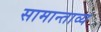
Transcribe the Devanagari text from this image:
सामान्ताव्य